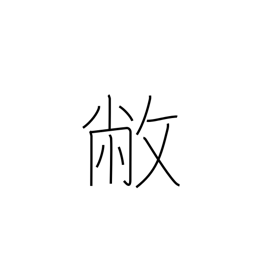
Meaning: be dilapidated